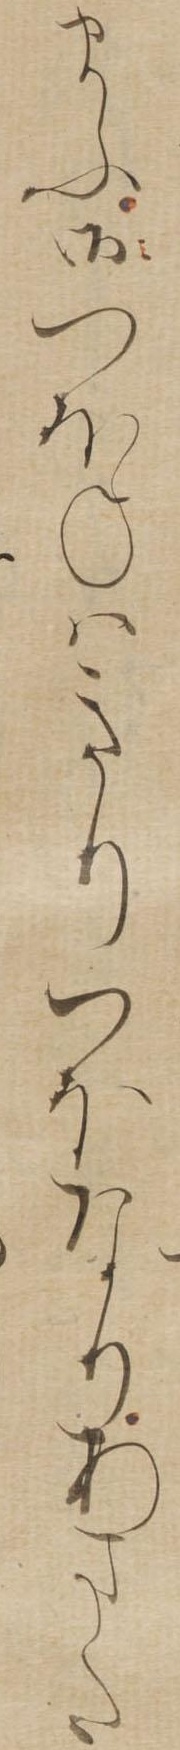
まふ御つほねはきりつほなりあまた